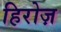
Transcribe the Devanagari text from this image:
हिरोज़